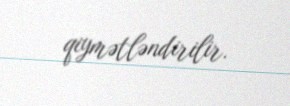
qiymətləndirilir.